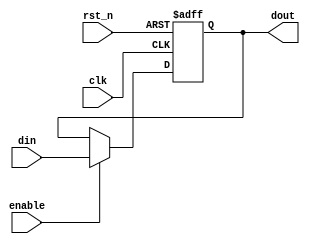
module output_register (
    input wire clk,          // Clock signal
    input wire rst_n,       // Asynchronous active-low reset signal
    input wire enable,      // Enable signal
    input wire [N-1:0] din, // Data input from combinational logic
    output reg [N-1:0] dout // Data output
);
    parameter N = 8; // Width of the register (can be adjusted as needed)

    // Synchronous process
    always @(posedge clk or negedge rst_n) begin
        if (!rst_n) begin
            dout <= {N{1'b0}}; // Reset output to 0
        end else if (enable) begin
            dout <= din; // Capture data on clock edge if enabled
        end
        // If enable is not active, dout retains its previous value
    end
endmodule